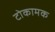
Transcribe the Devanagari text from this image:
टोकामक